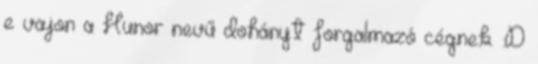
e vajon a Hunor nevű dohányt forgalmazó cégnek. :D